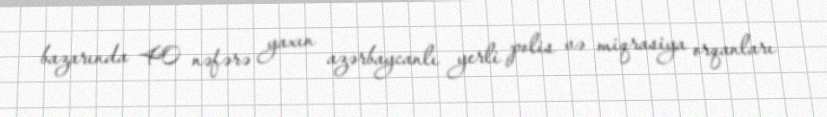
bazarında 40 nəfərə yaxın azərbaycanlı yerli polis və miqrasiya orqanları